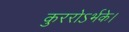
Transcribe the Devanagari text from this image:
कुररोऽर्भके।